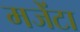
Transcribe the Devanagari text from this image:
मजेंटा